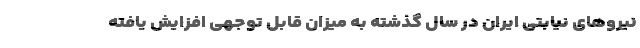
نیروهای نیابتی ایران در سال گذشته به میزان قابل توجهی افزایش یافته